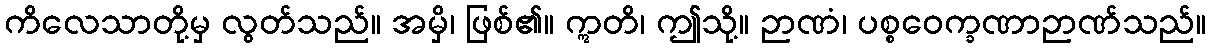
ကိလေသာတို့မှ လွတ်သည်။ အမှိ၊ ဖြစ်၏။ ဣတိ၊ ဤသို့။ ဉာဏံ၊ ပစ္စဝေက္ခဏာဉာဏ်သည်။